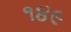
૧૪૯